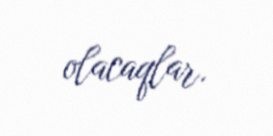
olacaqlar.